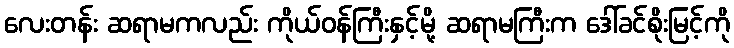
လေးတန်း ဆရာမကလည်း ကိုယ်ဝန်ကြီးနှင့်မို့ ဆရာမကြီးက ဒေါ်ခင်စိုးမြင့်ကို